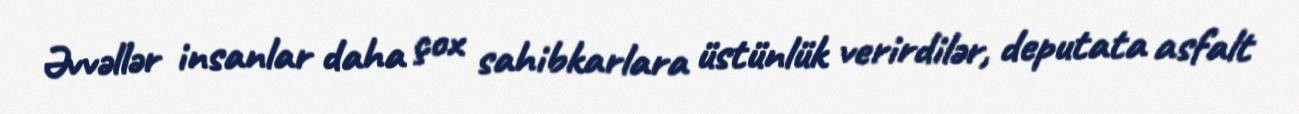
Əvvəllər insanlar daha çox sahibkarlara üstünlük verirdilər, deputata asfalt